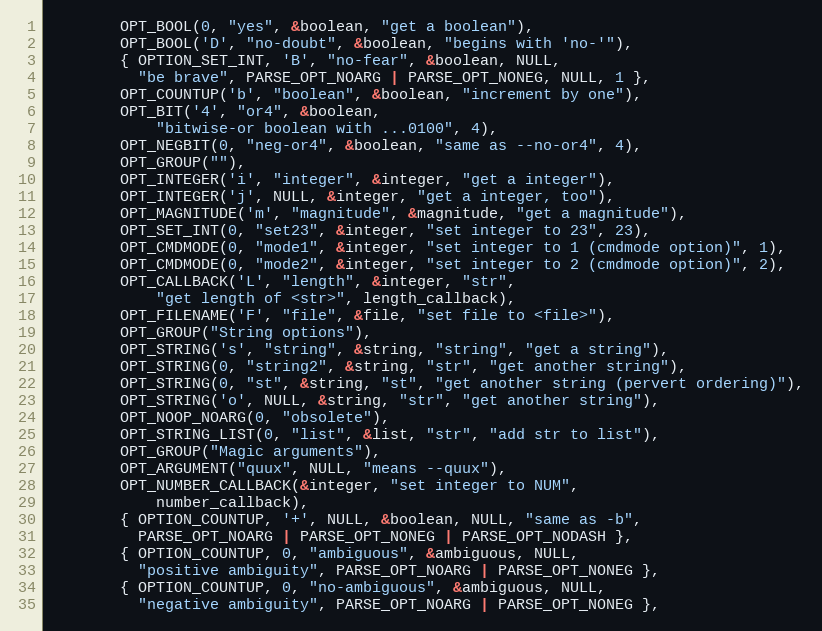
Language: C
		OPT_BOOL(0, "yes", &boolean, "get a boolean"),
		OPT_BOOL('D', "no-doubt", &boolean, "begins with 'no-'"),
		{ OPTION_SET_INT, 'B', "no-fear", &boolean, NULL,
		  "be brave", PARSE_OPT_NOARG | PARSE_OPT_NONEG, NULL, 1 },
		OPT_COUNTUP('b', "boolean", &boolean, "increment by one"),
		OPT_BIT('4', "or4", &boolean,
			"bitwise-or boolean with ...0100", 4),
		OPT_NEGBIT(0, "neg-or4", &boolean, "same as --no-or4", 4),
		OPT_GROUP(""),
		OPT_INTEGER('i', "integer", &integer, "get a integer"),
		OPT_INTEGER('j', NULL, &integer, "get a integer, too"),
		OPT_MAGNITUDE('m', "magnitude", &magnitude, "get a magnitude"),
		OPT_SET_INT(0, "set23", &integer, "set integer to 23", 23),
		OPT_CMDMODE(0, "mode1", &integer, "set integer to 1 (cmdmode option)", 1),
		OPT_CMDMODE(0, "mode2", &integer, "set integer to 2 (cmdmode option)", 2),
		OPT_CALLBACK('L', "length", &integer, "str",
			"get length of <str>", length_callback),
		OPT_FILENAME('F', "file", &file, "set file to <file>"),
		OPT_GROUP("String options"),
		OPT_STRING('s', "string", &string, "string", "get a string"),
		OPT_STRING(0, "string2", &string, "str", "get another string"),
		OPT_STRING(0, "st", &string, "st", "get another string (pervert ordering)"),
		OPT_STRING('o', NULL, &string, "str", "get another string"),
		OPT_NOOP_NOARG(0, "obsolete"),
		OPT_STRING_LIST(0, "list", &list, "str", "add str to list"),
		OPT_GROUP("Magic arguments"),
		OPT_ARGUMENT("quux", NULL, "means --quux"),
		OPT_NUMBER_CALLBACK(&integer, "set integer to NUM",
			number_callback),
		{ OPTION_COUNTUP, '+', NULL, &boolean, NULL, "same as -b",
		  PARSE_OPT_NOARG | PARSE_OPT_NONEG | PARSE_OPT_NODASH },
		{ OPTION_COUNTUP, 0, "ambiguous", &ambiguous, NULL,
		  "positive ambiguity", PARSE_OPT_NOARG | PARSE_OPT_NONEG },
		{ OPTION_COUNTUP, 0, "no-ambiguous", &ambiguous, NULL,
		  "negative ambiguity", PARSE_OPT_NOARG | PARSE_OPT_NONEG },